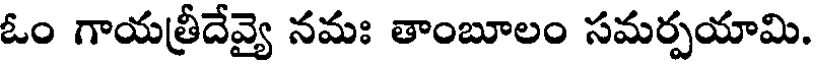
ఓం గాయత్రీదేవ్యై నమః తాంబూలం సమర్పయామి.